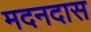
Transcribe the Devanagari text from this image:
मदनदास